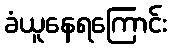
ခံယူနေရကြောင်း